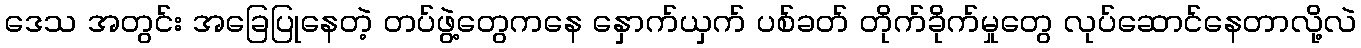
ဒေသ အတွင်း အခြေပြုနေတဲ့ တပ်ဖွဲ့တွေကနေ နှောက်ယှက် ပစ်ခတ် တိုက်ခိုက်မှုတွေ လုပ်ဆောင်နေတာလို့လဲ